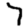
Digit: 7